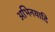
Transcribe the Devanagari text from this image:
अभिनयादि